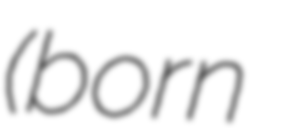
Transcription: (born